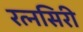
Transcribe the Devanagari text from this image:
रत्नसिरी